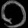
Digit: ၀